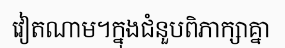
វៀតណាម។ក្នុងជំនួបពិភាក្សាគ្នា